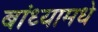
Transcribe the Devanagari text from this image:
बांध्यामधे